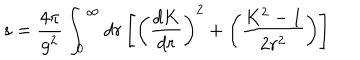
LaTeX: s = { \frac { 4 \pi } { g ^ { 2 } } } \int _ { 0 } ^ { \infty } d r \left[ \left( { \frac { d K } { d r } } \right) ^ { 2 } + \left( { \frac { K ^ { 2 } - 1 } { 2 r ^ { 2 } } } \right) \right]